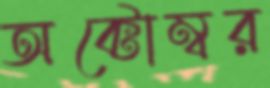
অক্টোম্বর